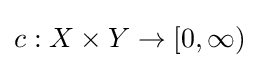
c:X\times Y\to [0,\infty )